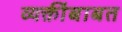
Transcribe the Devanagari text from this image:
व्यक्तींबाबत